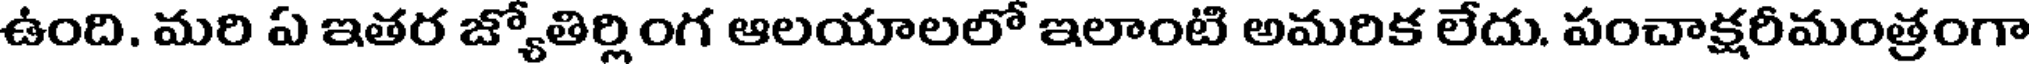
ఉంది. మరి ఏ ఇతర జ్యోతిర్లింగ ఆలయాలలో ఇలాంటి అమరిక లేదు. పంచాక్షరీమంత్రంగా